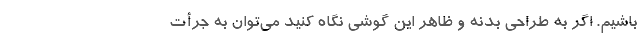
باشیم. اگر به طراحی بدنه و ظاهر این گوشی نگاه کنید می‌توان به جرأت